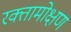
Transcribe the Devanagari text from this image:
रक्तामोक्षण